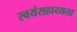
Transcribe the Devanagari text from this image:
स्वयंसहाय्यता